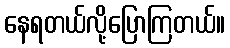
နေရတယ်လို့ပြောကြတယ်။